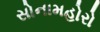
સોનામહોરો